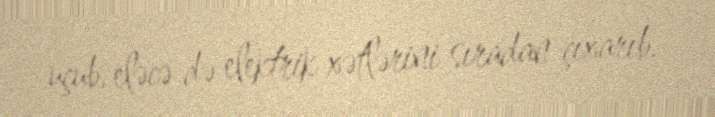
uçub, eləcə də elektrik xətlərini sıradan çıxarıb.